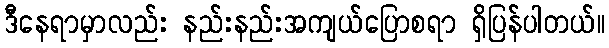
ဒီနေရာမှာလည်း နည်းနည်းအကျယ်ပြောစရာ ရှိပြန်ပါတယ်။